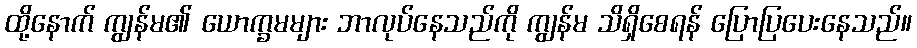
ထို့နောက် ကျွန်မ၏ ယောက္ခမများ ဘာလုပ်နေသည်ကို ကျွန်မ သိရှိစေရန် ပြောပြပေးနေသည်။